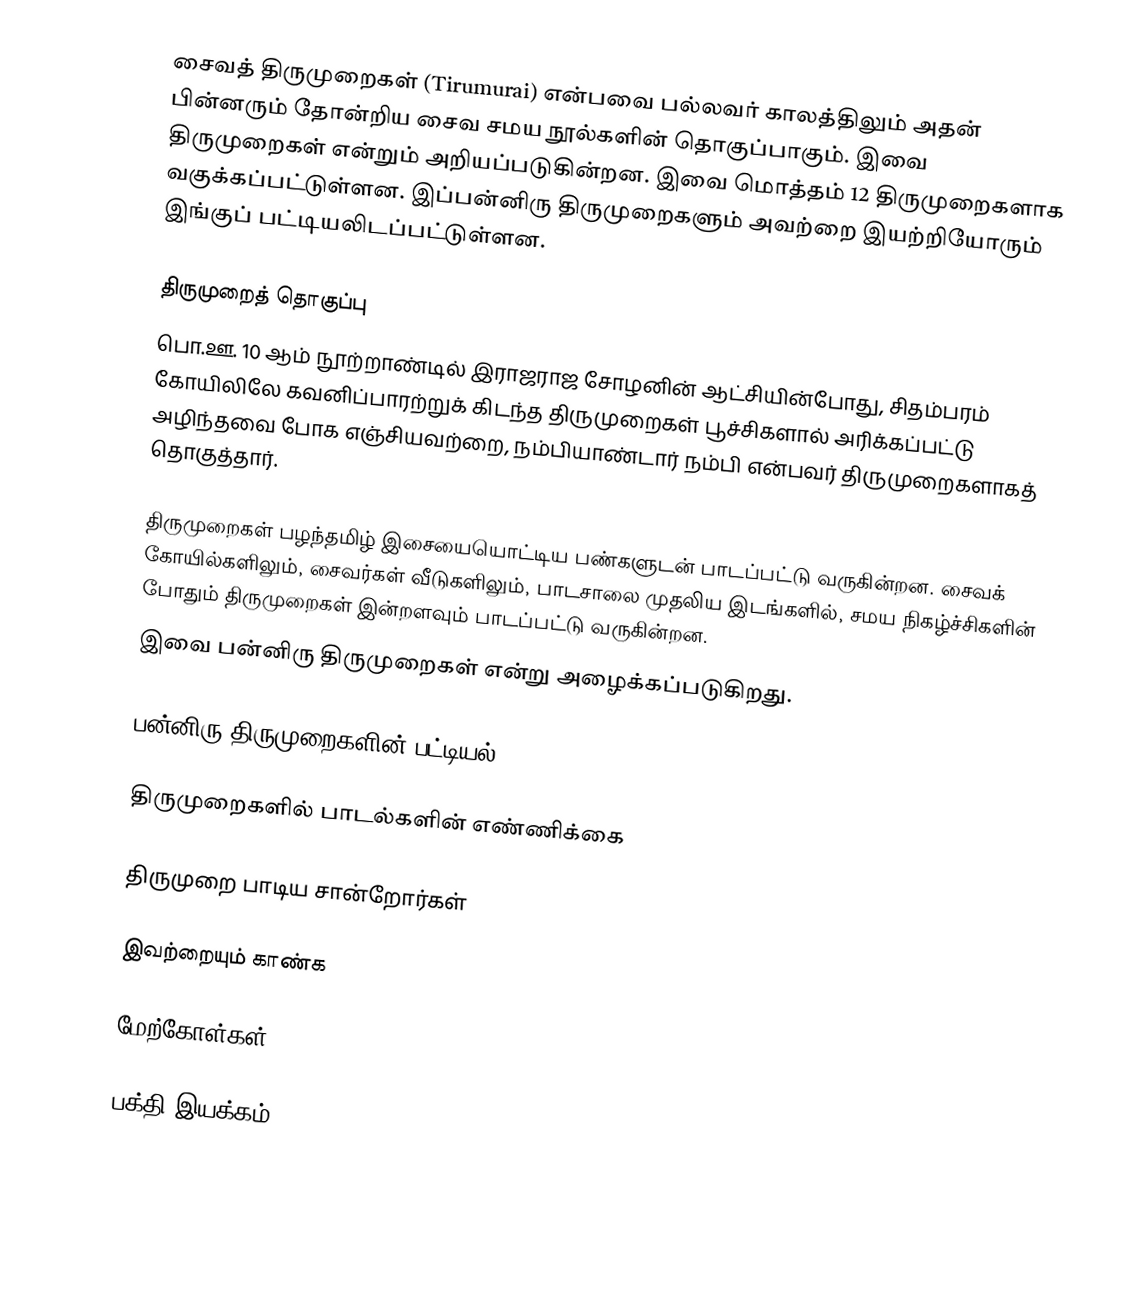
சைவத் திருமுறைகள் (Tirumurai) என்பவை பல்லவர் காலத்திலும் அதன் பின்னரும் தோன்றிய சைவ சமய நூல்களின் தொகுப்பாகும். இவை திருமுறைகள் என்றும் அறியப்படுகின்றன. இவை மொத்தம் 12 திருமுறைகளாக வகுக்கப்பட்டுள்ளன. இப்பன்னிரு திருமுறைகளும் அவற்றை இயற்றியோரும் இங்குப் பட்டியலிடப்பட்டுள்ளன.

திருமுறைத் தொகுப்பு
பொ.ஊ. 10 ஆம் நூற்றாண்டில் இராஜராஜ சோழனின் ஆட்சியின்போது, சிதம்பரம் கோயிலிலே கவனிப்பாரற்றுக் கிடந்த திருமுறைகள் பூச்சிகளால் அரிக்கப்பட்டு அழிந்தவை போக எஞ்சியவற்றை, நம்பியாண்டார் நம்பி என்பவர் திருமுறைகளாகத் தொகுத்தார்.

திருமுறைகள் பழந்தமிழ் இசையையொட்டிய பண்களுடன் பாடப்பட்டு வருகின்றன. சைவக் கோயில்களிலும், சைவர்கள் வீடுகளிலும், பாடசாலை முதலிய இடங்களில், சமய நிகழ்ச்சிகளின் போதும் திருமுறைகள் இன்றளவும் பாடப்பட்டு வருகின்றன.
இவை பன்னிரு திருமுறைகள் என்று அழைக்கப்படுகிறது.

பன்னிரு திருமுறைகளின் பட்டியல்

திருமுறைகளில் பாடல்களின் எண்ணிக்கை

திருமுறை பாடிய சான்றோர்கள்

இவற்றையும் காண்க

மேற்கோள்கள்

பக்தி இயக்கம்